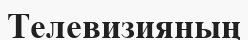
Телевизияның